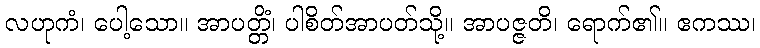
လဟုကံ၊ ပေါ့သော။ အာပတ္တိံ၊ ပါစိတ်အာပတ်သို့။ အာပဇ္ဇတိ၊ ရောက်၏။ ဧကဿ၊